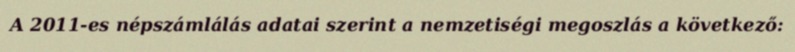
A 2011-es népszámlálás adatai szerint a nemzetiségi megoszlás a következő: